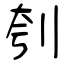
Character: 刳